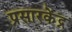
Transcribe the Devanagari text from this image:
प्रसारकेंद्र